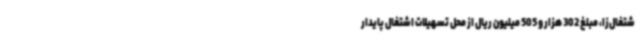
شتغال‌زا، مبلغ 302 هزار و 505 میلیون ریال از محل تسهیلات اشتغال پایدار